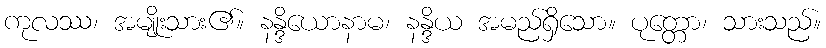
ကုလဿ၊ အမျိုးသား၏။ နန္ဒိယောနာမ၊ နန္ဒိယ အမည်ရှိသော။ ပုတ္တော၊ သားသည်။